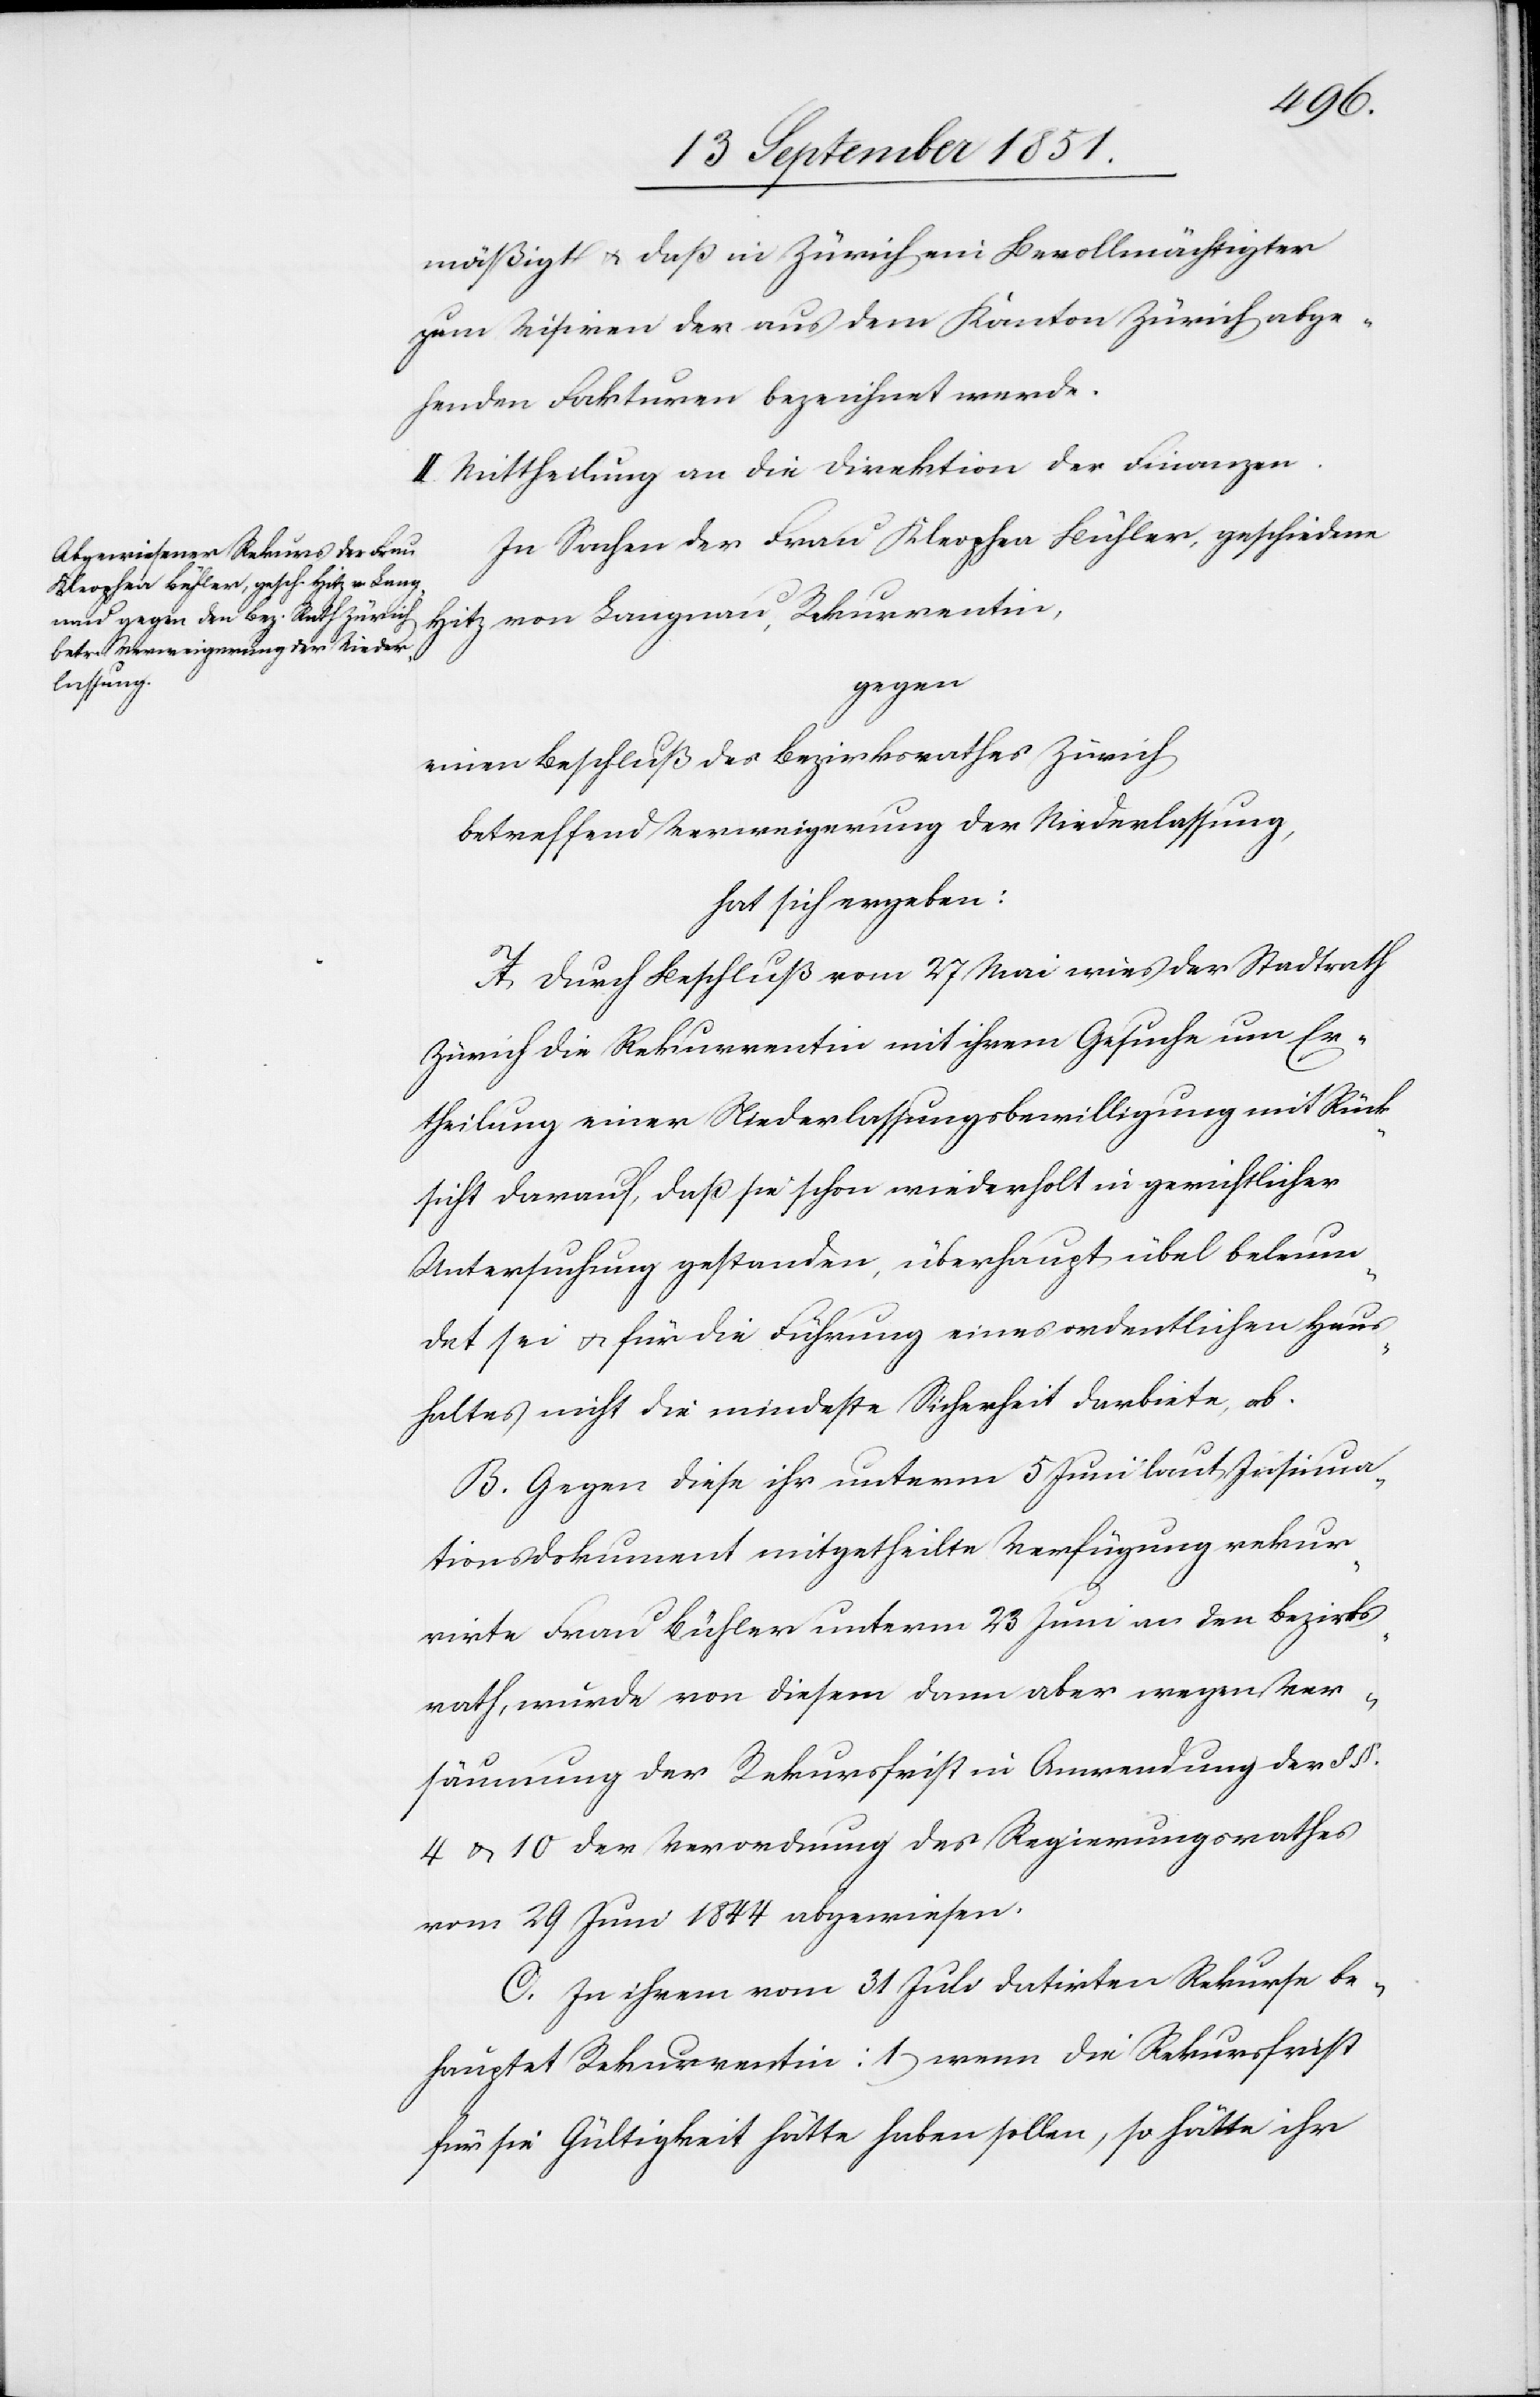
mäßigt & daß in Zürich ein Bevollmächtigter
zum Visiren der aus dem Kanton Zürich abge¬
henden Fakturen bezeichnet werde.
II. Mittheilung an die Direktion der Finanzen.
In Sachen der Frau Kleophea Bühler, geschiedene
Hitz von Langnau, Rekurrentin,
gegen
einen Beschluß des Bezirksrathes Zürich
betreffend Verweigerung der Niederlassung,
hat sich ergeben:
A. Durch Beschluß vom 27 Mai wies der Stadtrath
Zürich die Rekurrentin mit ihrem Gesuche um Er¬
theilung einer Niederlassungsbewilligung mit Rück¬
sicht darauf, daß sie schon wiederholt in gerichtlicher
Untersuchung gestanden, überhaupt übel beleum¬
det sei & für die Führung eines ordentlichen Haus¬
haltes nicht die mindeste Sicherheit darbiete, ab.
B. Gegen diese ihr unterm 5 Juni laut Insinua¬
tionsdokument mitgetheilte Verfügung rekur¬
rirte Frau Bühler unterm 23 Juni an den Bezirks¬
rath, wurde von diesem dann aber wegen Ver¬
säumung der Rekursfrist in Anwendung der §§.
4 & 10 der Verordnung des Regierungsrathes
vom 29 Juni 1844 abgewiesen.
C. In ihrem vom 31 Juli datirten Rekurse be¬
hauptet Rekurrentin: 1) wenn die Rekursfrist
für sie Gültigkeit hätte haben sollen, so hätte ihr